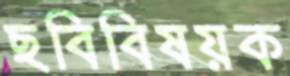
ছবিবিষয়ক